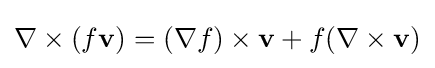
\nabla \times (f\mathbf {v} )=(\nabla f)\times \mathbf {v} +f(\nabla \times \mathbf {v} )